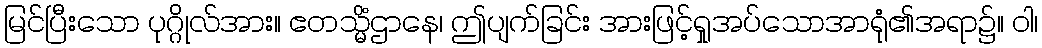
မြင်ပြီးသော ပုဂ္ဂိုလ်အား။ ဧတသ္မိံဌာနေ၊ ဤပျက်ခြင်း အားဖြင့်ရှုအပ်သောအာရုံ၏အရာ၌။ ဝါ၊